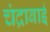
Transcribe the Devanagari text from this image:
चंद्राबाई